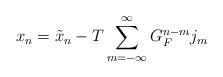
LaTeX: \begin{align*}x_n=\tilde{x}_n-T\sum_{m=-\infty }^\infty G_F^{n-m}j_m\end{align*}